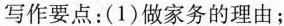
写作要点：(1)做家务的理由；